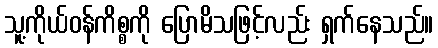
သူ့ကိုယ်ဝန်ကိစ္စကို ပြောမိသဖြင့်လည်း ရှက်နေသည်။